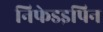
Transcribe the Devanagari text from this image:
निफेडइपिन